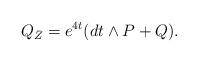
LaTeX: \begin{align*}Q_{\bar{Z}}=e^{4t}(dt\wedge P+Q).\end{align*}